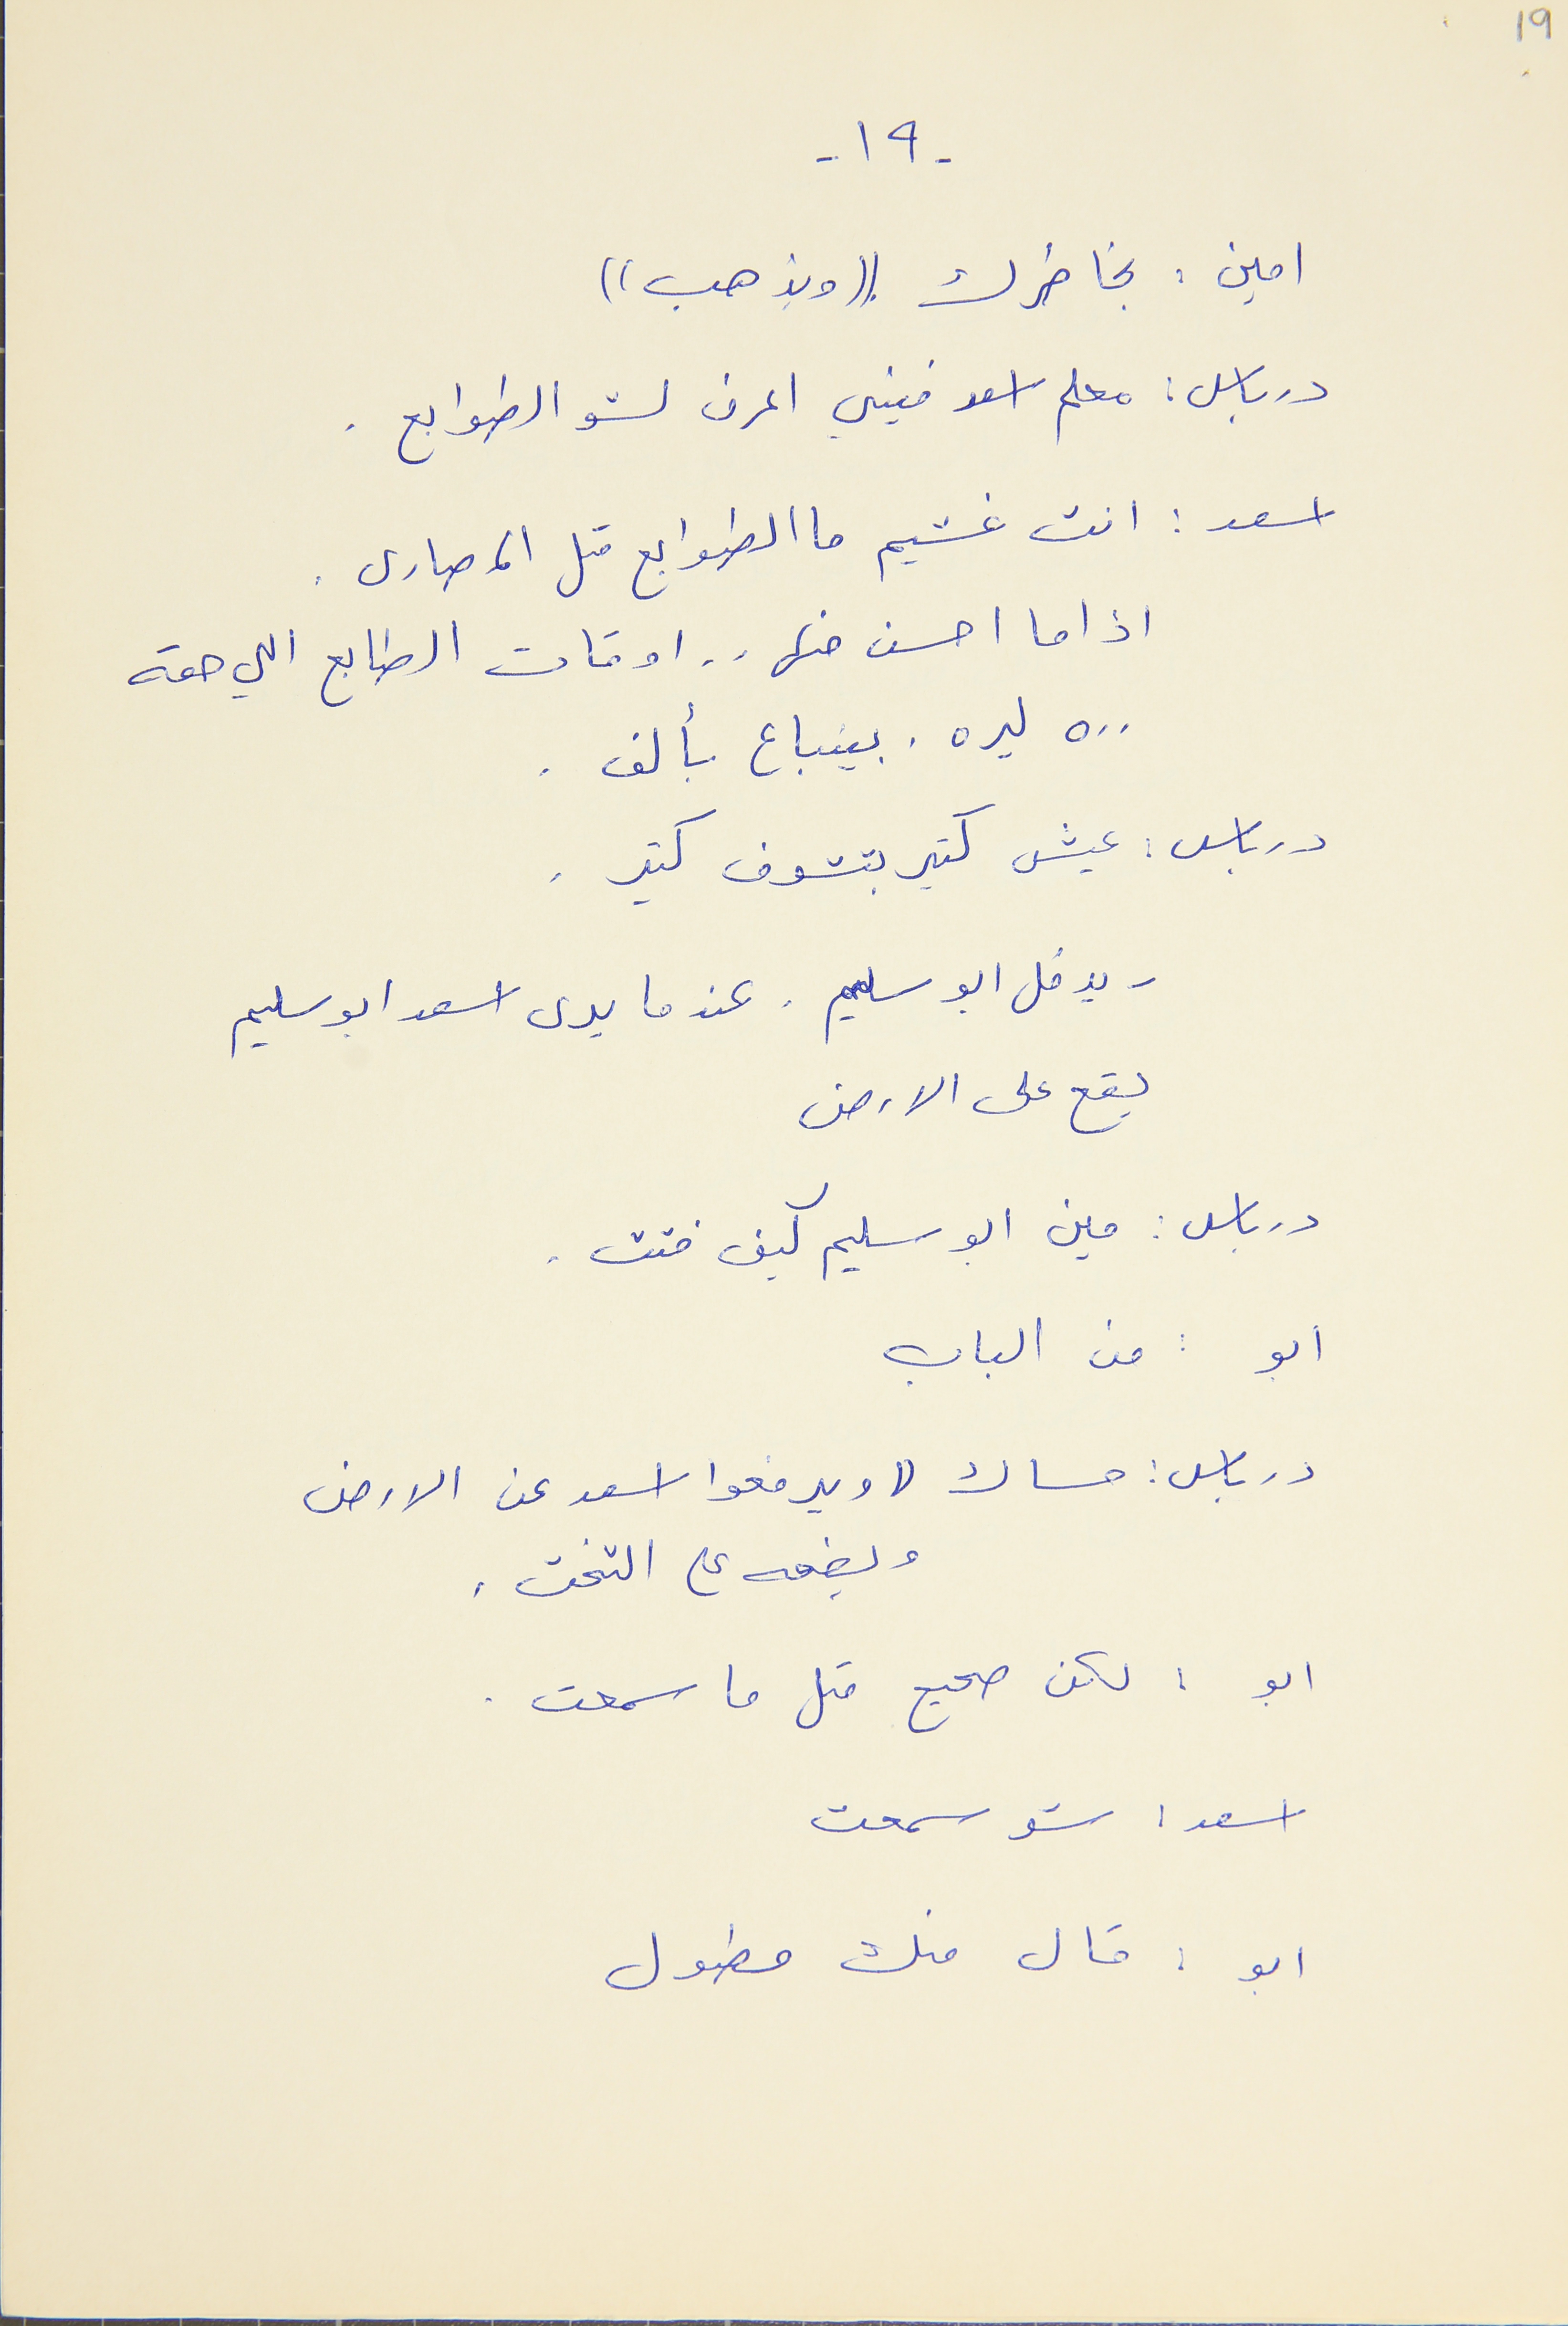
- ١٩ -
19
امين : بخاطرك ((ويذهب))
درباس : معلم اسعد فيني اعرف لشو الطوابع .
اسعد : انت غشيم ما الطوابع متل المصارى .
اذا ما احسن منها . . اوقات الطابع اللي حقه
٥٠٠ ليره . بينباع بألف .
درباس : عيش كتير بتشوف كتير .
- يدخل ابو سليم . عندما يرى اسعد ابو سليم
يقع على الارض
درباس : مين ابو سليم كيف فتت .
ابو : من الباب
درباس : مساك (( ويرفعوا اسعد عن الارض
ويضعه على التخت .
ابو : لكن صحيح متل ما سمعت .
اسعد : شو سمعت
ابو : قال منك مطول